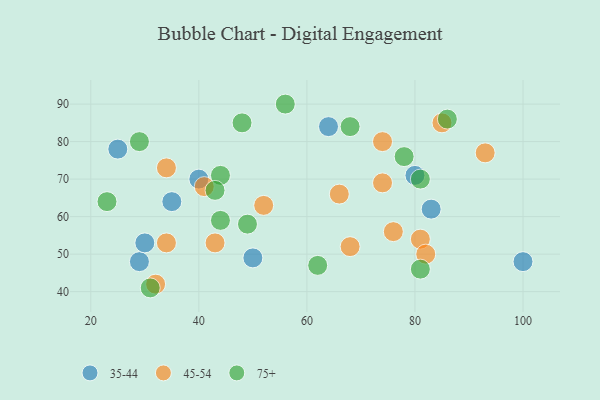
{"axis": {"x": "GDP", "y": "Life Expectancy"}, "legend": ["35-44", "45-54", "75+"], "data": [{"x": "40", "y": 70, "type": "35-44"}, {"x": "64", "y": 84, "type": "35-44"}, {"x": "50", "y": 49, "type": "35-44"}, {"x": "80", "y": 71, "type": "35-44"}, {"x": "100", "y": 48, "type": "35-44"}, {"x": "29", "y": 48, "type": "35-44"}, {"x": "25", "y": 78, "type": "35-44"}, {"x": "30", "y": 53, "type": "35-44"}, {"x": "35", "y": 64, "type": "35-44"}, {"x": "83", "y": 62, "type": "35-44"}, {"x": "68", "y": 52, "type": "45-54"}, {"x": "81", "y": 54, "type": "45-54"}, {"x": "43", "y": 53, "type": "45-54"}, {"x": "76", "y": 56, "type": "45-54"}, {"x": "82", "y": 50, "type": "45-54"}, {"x": "74", "y": 69, "type": "45-54"}, {"x": "52", "y": 63, "type": "45-54"}, {"x": "41", "y": 68, "type": "45-54"}, {"x": "32", "y": 42, "type": "45-54"}, {"x": "34", "y": 53, "type": "45-54"}, {"x": "74", "y": 80, "type": "45-54"}, {"x": "93", "y": 77, "type": "45-54"}, {"x": "85", "y": 85, "type": "45-54"}, {"x": "34", "y": 73, "type": "45-54"}, {"x": "66", "y": 66, "type": "45-54"}, {"x": "81", "y": 46, "type": "75+"}, {"x": "44", "y": 71, "type": "75+"}, {"x": "81", "y": 70, "type": "75+"}, {"x": "31", "y": 41, "type": "75+"}, {"x": "43", "y": 67, "type": "75+"}, {"x": "56", "y": 90, "type": "75+"}, {"x": "29", "y": 80, "type": "75+"}, {"x": "62", "y": 47, "type": "75+"}, {"x": "68", "y": 84, "type": "75+"}, {"x": "49", "y": 58, "type": "75+"}, {"x": "48", "y": 85, "type": "75+"}, {"x": "86", "y": 86, "type": "75+"}, {"x": "44", "y": 59, "type": "75+"}, {"x": "23", "y": 64, "type": "75+"}, {"x": "78", "y": 76, "type": "75+"}]}